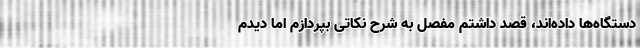
دستگاه‌ها داده‌اند، قصد داشتم مفصل به شرح نکاتی بپردازم اما دیدم